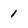
Character: 1